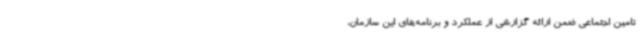
تامین اجتماعی ضمن ارائه گزارشی از عملکرد و برنامه‌های این سازمان،